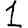
Digit: 1